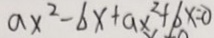
a x ^ { 2 } - b x + a x ^ { 2 } + 6 x = 0